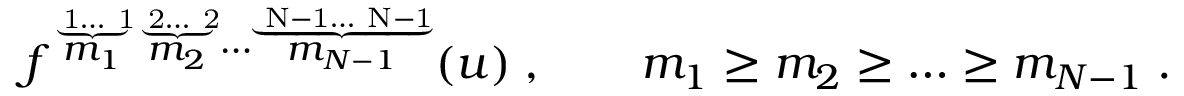
f ^ { \stackrel { \underbrace { \mathrm { \scriptsize ~ 1 \ldots ~ 1 } } } { m _ { 1 } } \stackrel { \underbrace { \mathrm { \scriptsize ~ 2 \ldots ~ 2 } } } { m _ { 2 } } \cdots \stackrel { \underbrace { \mathrm { \scriptsize ~ N - 1 \ldots ~ N - 1 } } } { m _ { N - 1 } } } ( u ) \; , \qquad { m _ { 1 } \geq m _ { 2 } \geq \ldots \geq m _ { N - 1 } } \; .